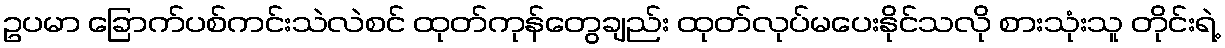
ဥပမာ ခြောက်ပစ်ကင်းသဲလဲစင် ထုတ်ကုန်တွေချည်း ထုတ်လုပ်မပေးနိုင်သလို စားသုံးသူ တိုင်းရဲ့